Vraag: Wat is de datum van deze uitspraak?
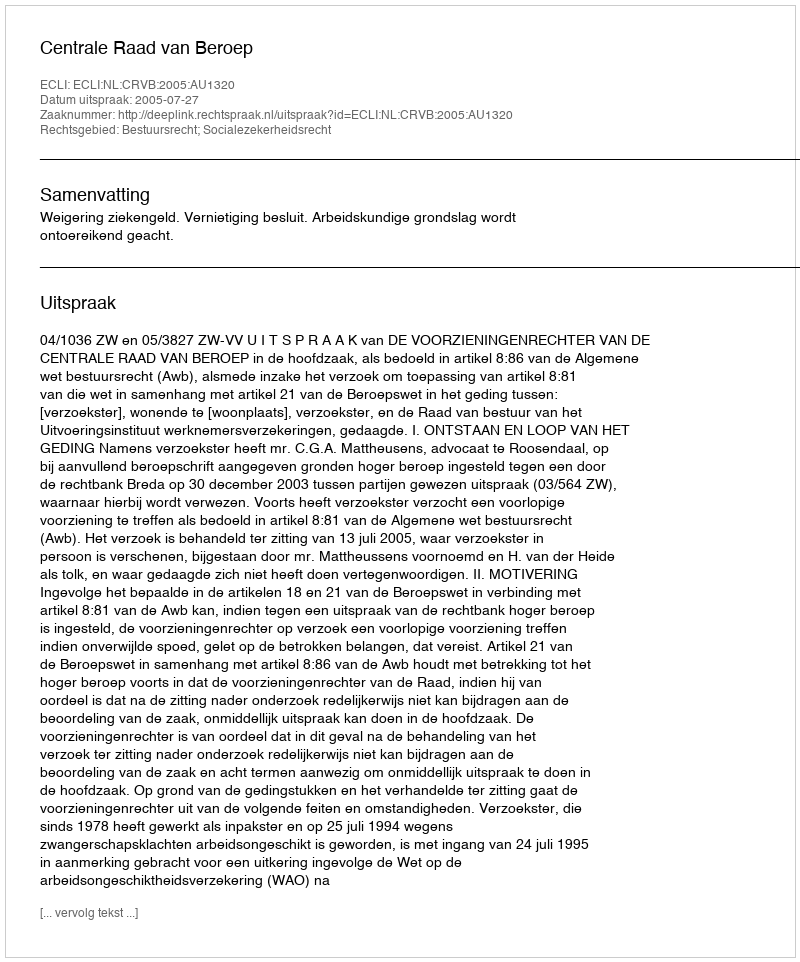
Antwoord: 2005-07-27